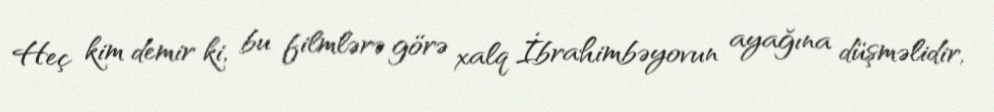
Heç kim demir ki, bu filmlərə görə xalq İbrahimbəyovun ayağına düşməlidir,